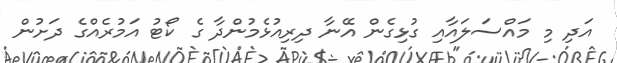
އަދި މި މައްސަލައާއި ގުޅިގެން އޭނާ ދިރިއުޅެމުންދާ ގެ ކޯޓު އަމުރެއްގެ ދަށުން